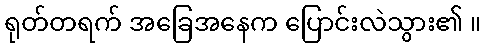
ရုတ်တရက် အခြေအနေက ပြောင်းလဲသွား၏ ။